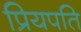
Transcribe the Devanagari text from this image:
प्रियपति